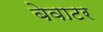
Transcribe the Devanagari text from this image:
बेवाटर